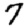
Digit: 7